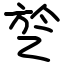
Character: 乻